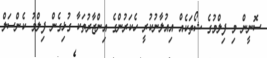
ސޮނީން މި ފިލްމުގެ ޝޯތަކެއް އިއުލާނުކުރީ ހެކަރުންގެ އިންޒާރުތަކާ ގުޅިގެން ފިލްމު ކެންސަލް